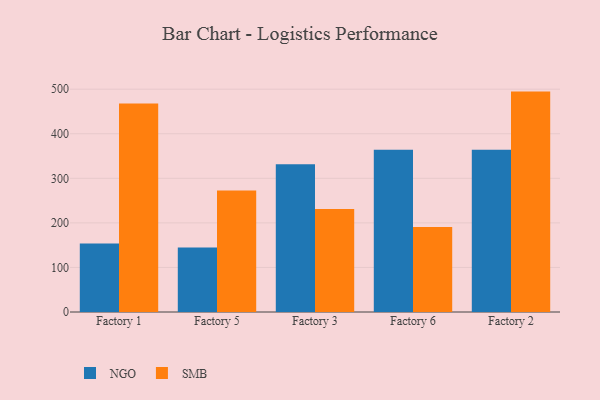
{"axis": {"x": "Factory", "y": "Population (Million)"}, "legend": ["NGO", "SMB"], "data": [{"x": "Factory 1", "y": 153.5, "type": "NGO"}, {"x": "Factory 1", "y": 467.7, "type": "SMB"}, {"x": "Factory 5", "y": 144.5, "type": "NGO"}, {"x": "Factory 5", "y": 272.4, "type": "SMB"}, {"x": "Factory 3", "y": 331.5, "type": "NGO"}, {"x": "Factory 3", "y": 231.4, "type": "SMB"}, {"x": "Factory 6", "y": 363.9, "type": "NGO"}, {"x": "Factory 6", "y": 191.0, "type": "SMB"}, {"x": "Factory 2", "y": 364.1, "type": "NGO"}, {"x": "Factory 2", "y": 494.6, "type": "SMB"}]}